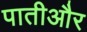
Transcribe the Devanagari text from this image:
पातीऔर